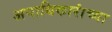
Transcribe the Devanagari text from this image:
अनाधिकारांच्या